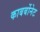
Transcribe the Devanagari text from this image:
काबर्बोनेट